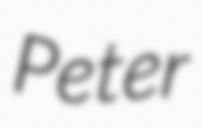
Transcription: Peter